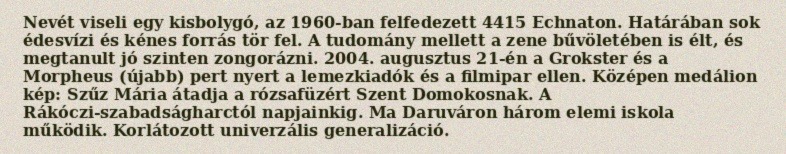
Nevét viseli egy kisbolygó, az 1960-ban felfedezett 4415 Echnaton. Határában sok édesvízi és kénes forrás tör fel. A tudomány mellett a zene bűvöletében is élt, és megtanult jó szinten zongorázni. 2004. augusztus 21-én a Grokster és a Morpheus (újabb) pert nyert a lemezkiadók és a filmipar ellen. Középen medálion kép: Szűz Mária átadja a rózsafüzért Szent Domokosnak. A Rákóczi-szabadságharctól napjainkig. Ma Daruváron három elemi iskola működik. Korlátozott univerzális generalizáció.